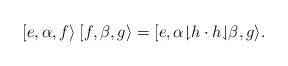
LaTeX: \begin{align*}[e,\alpha,f\rangle \: [f,\beta,g \rangle = [ e,\alpha{\downharpoonright}h\cdot h{\downharpoonleft}\beta,g \rangle .\end{align*}